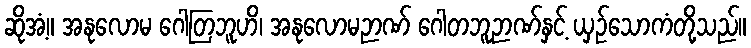
ဆိုအံ့။ အနုလောမ ဂေါတြဘူဟိ၊ အနုလောမဉာဏ် ဂေါတဘူဉာဏ်နှင့် ယှဉ်သောကံတို့သည်။